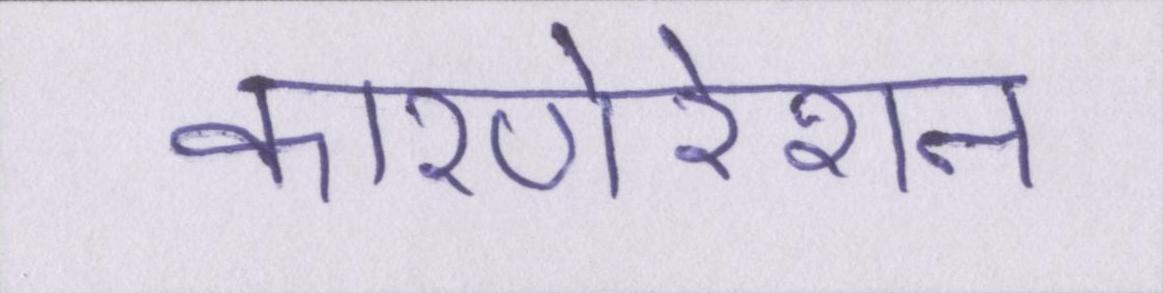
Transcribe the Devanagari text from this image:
कारपोरेशन